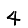
Digit: 4